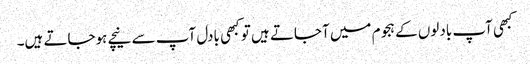
کبھی آپ بادلوں کے ہجوم میں آجاتے ہیں تو کبھی بادل آپ سے نیچے ہوجاتے ہیں۔